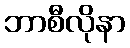
ဘာစီလိုနာ